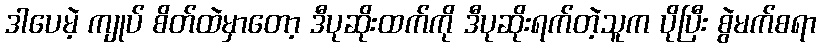
ဒါပေမဲ့ ကျုပ် စိတ်ထဲမှာတော့ ဒီပုဆိုးထက်ကို ဒီပုဆိုးရက်တဲ့သူက ပိုပြီး စွဲမက်စရာ